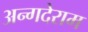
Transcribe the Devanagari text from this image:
अन्गदेराम